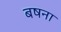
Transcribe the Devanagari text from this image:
बषना